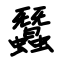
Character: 蠶